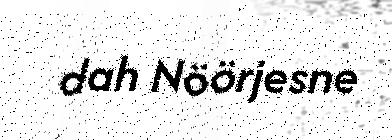
dah Nöörjesne